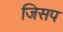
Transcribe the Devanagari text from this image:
जिसप